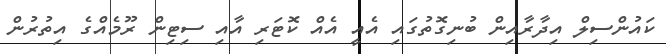
ކައުންސިލް އިދާރާއިން ބުނިގޮތުގައި އެއީ އެއް ކޮޓަރި އާއި ސިޓިން ރޫމެއްގެ އިތުރުން